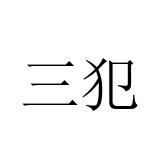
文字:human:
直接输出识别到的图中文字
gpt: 三犯